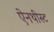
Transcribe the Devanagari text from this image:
ऐनथीस्ट